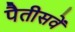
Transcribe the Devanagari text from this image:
पैतीसवें